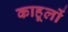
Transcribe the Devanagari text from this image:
काहूलों